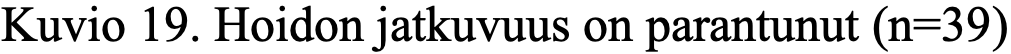
Kuvio 19. Hoidon jatkuvuus on parantunut (n=39)